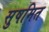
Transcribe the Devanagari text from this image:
सुषमित